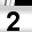
Digit: 2